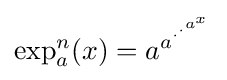
\exp _{a}^{n}(x)=a^{a^{\cdot ^{\cdot ^{a^{x}}}}}